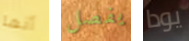
أنها يفصل يودا